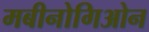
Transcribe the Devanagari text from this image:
मबीनोगिओन